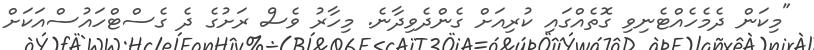
"މިކަން ދެމެހެއްޓެނިވި ގޮތެއްގައި ކުރިއަށް ގެންދެވިދާނެ. މިހާރު ވެސް ރަށުގެ ދެ ގެސްޓްހައުސްއަކަށް